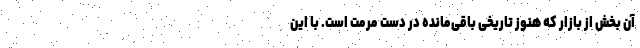
آن بخش از بازار که هنوز تاریخی باقی‌مانده در دست مرمت است. با این